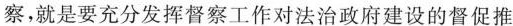
察，就是要充分发挥督察工作对法治政府建设的督促推